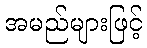
အမည်များဖြင့်